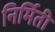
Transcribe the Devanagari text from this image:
निर्मिती